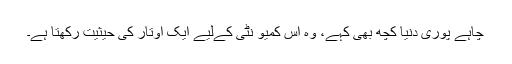
چاہے پوری دنیا کچھ بھی کہے، وہ اس کمیو نٹی کےلیے ایک اوتار کی حیثیت رکھتا ہے۔